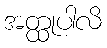
အတ္ထုပါလိ